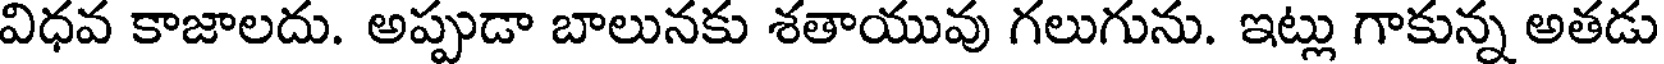
విధవ కాజాలదు. అప్పుడా బాలునకు శతాయువు గలుగును. ఇట్లు గాకున్న అతడు